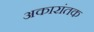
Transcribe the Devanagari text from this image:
अकारांतक